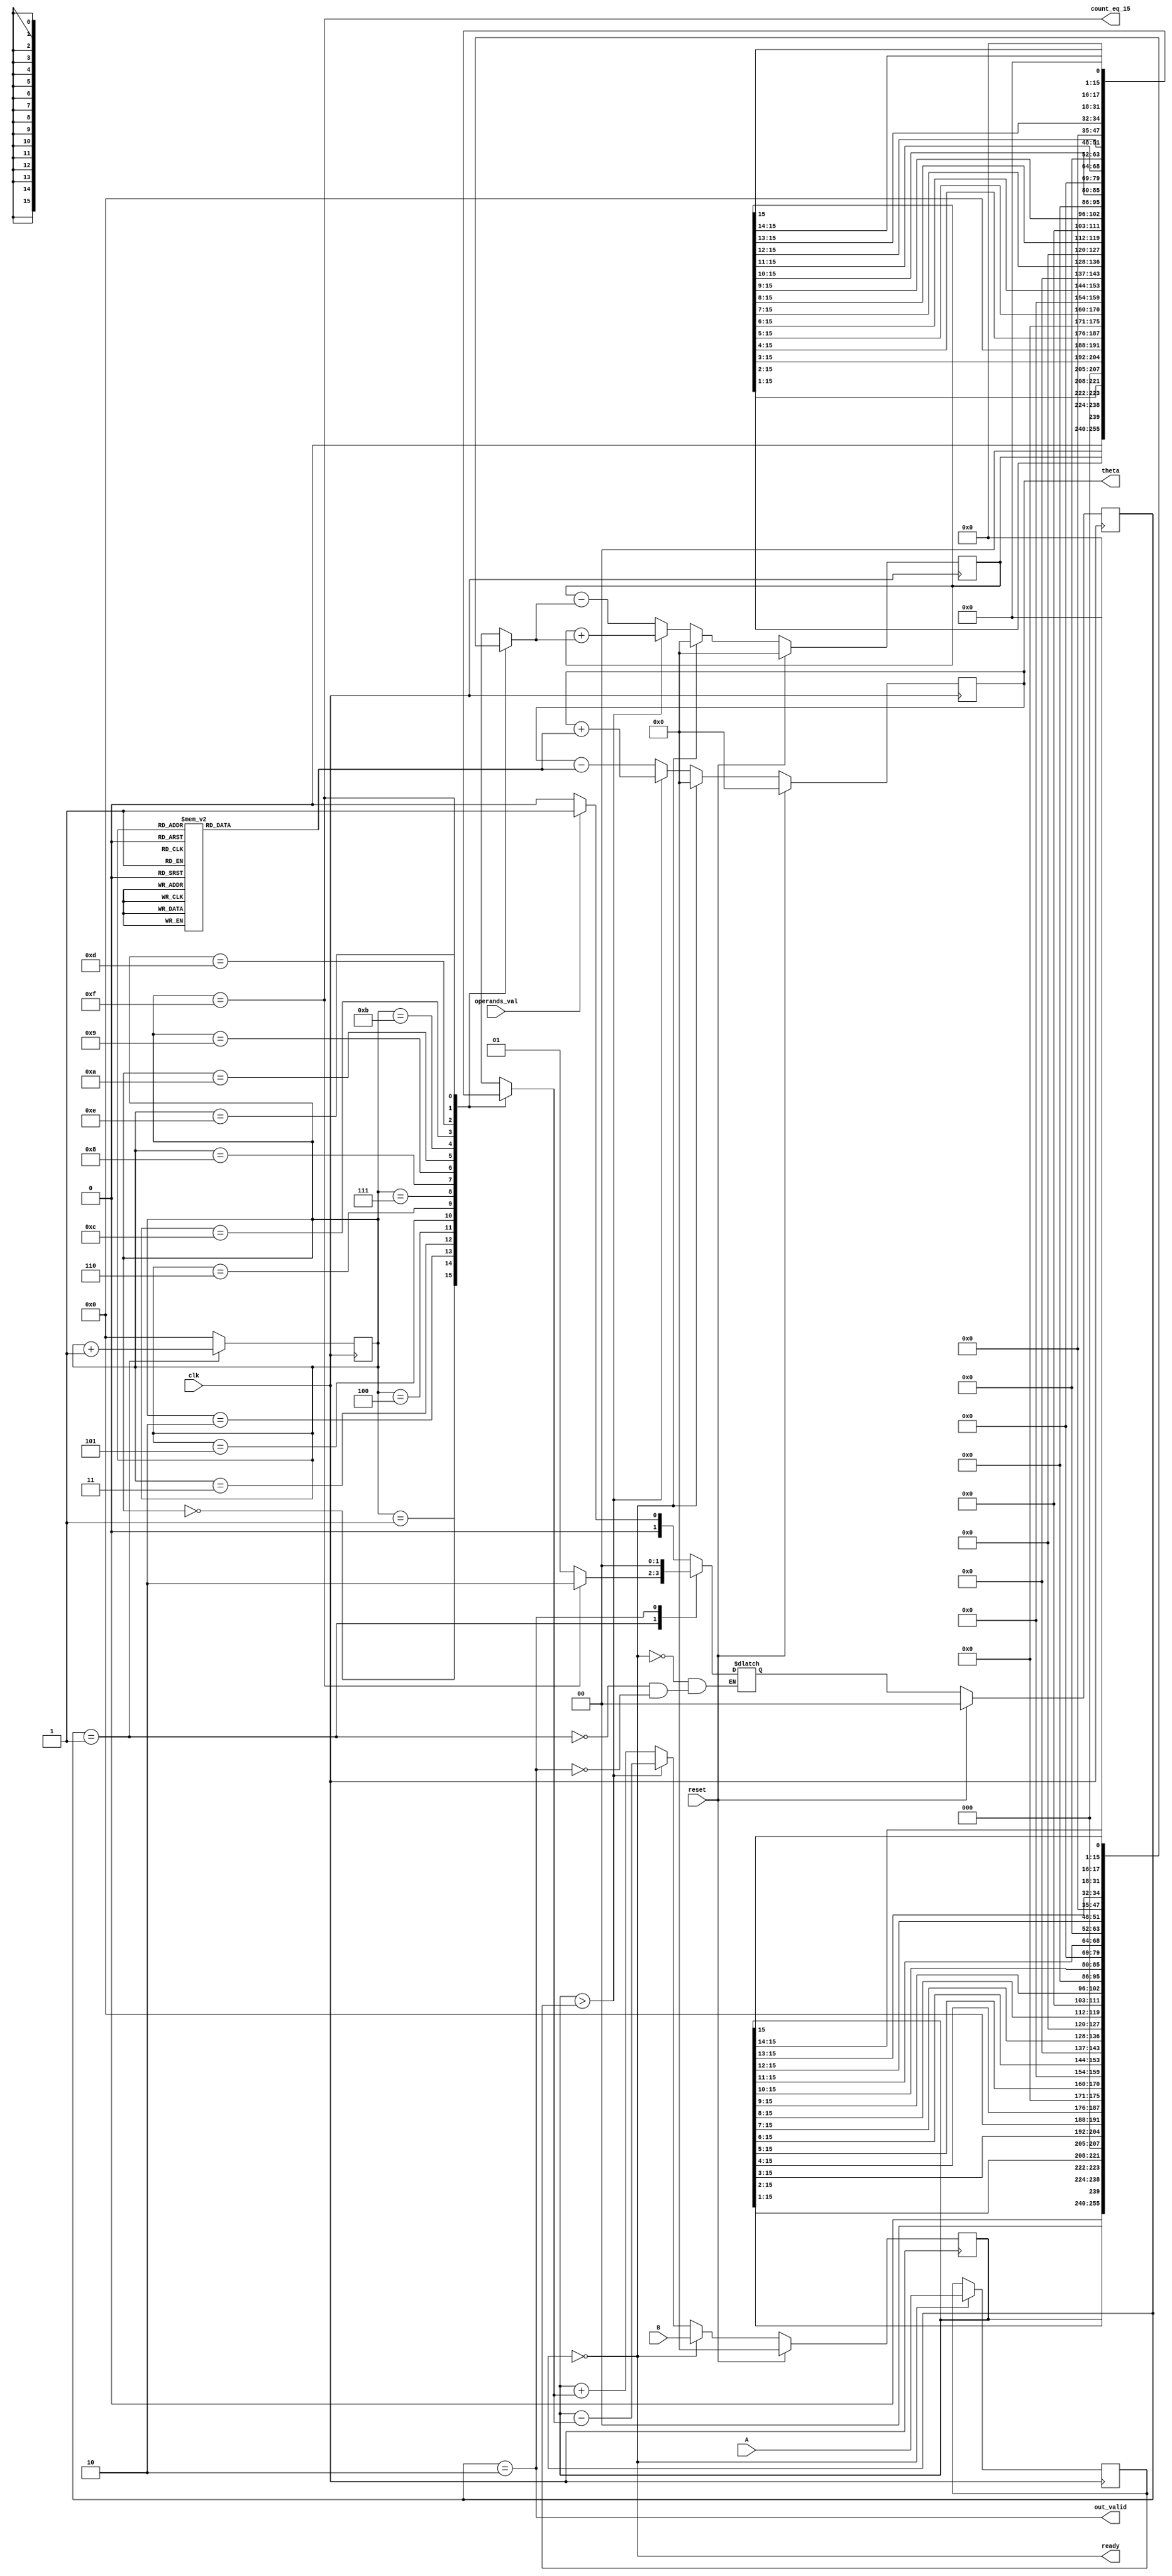
module CORDIC_vectoring(clk, reset, operands_val, out_valid, A, B, theta, ready, count_eq_15);

   parameter width = 16;

   // Inputs
   input clk;
   input reset;
   input operands_val;
   input signed [width-1:0] A, B;

   // Outputs
   output signed [width-1:0] theta;
   output out_valid;
   output ready; 
   output reg count_eq_15;
  
  localparam IDLE = 2'd0;
  localparam BUSY = 2'd1;
  localparam DONE = 2'd2;

   // Generate table of atan values
  reg signed [width-1:0] atan_out;
  reg signed [width-1:0] x_reg;
  reg signed [width-1:0] y_reg;
  reg signed [width-1:0] A_reg;
  
  reg signed [width-1:0] theta_reg;
        
  wire [width-1:0] x_mux_out, y_mux_out, theta_mux_out, A_mux_out;
  reg [width-1:0] x_add_out, y_add_out, theta_add_out;
  
  reg [width-1:0] x_shift, y_shift;
  
  reg [3:0] count;
  wire [3:0] address; 
  reg [1:0] state, state_next; 
  wire count_en;
  
  reg x_gt_A;
  
  assign address = count;
    
  // Look up table in 5.11 format 
  
  always @(*)
     begin
       case(address)
        4'd0:  atan_out = 'b0000011001001000 ;
        4'd1:  atan_out = 'b0000001110110110;  
        4'd2:  atan_out = 'b0000000111110110; 
        4'd3:  atan_out = 'b0000000011111111;
        4'd4:  atan_out = 'b0000000010000000 ;
        4'd5:  atan_out = 'b0000000001000000;
        4'd6:  atan_out = 'b0000000000100000;
        4'd7:  atan_out = 'b0000000000010000;
        4'd8:  atan_out = 'b0000000000001000;
        4'd9:  atan_out = 'b0000000000000100;
        4'd10: atan_out = 'b0000000000000010;
        4'd11: atan_out = 'b0000000000000001;
        4'd12: atan_out = 'b0000000000000000;
        4'd13: atan_out = 'b0000000000000000 ;
        4'd14: atan_out = 'b0000000000000000 ;
        4'd15: atan_out = 'b0000000000000000 ;  
       endcase    
   end                     
          
     
  // 2:1 Multiplexers
         
 assign x_mux_out = (state == IDLE) ? B : x_add_out; 
 assign y_mux_out = (state == IDLE) ? 0 : y_add_out;
 
 assign A_mux_out = (state==IDLE) ? A : A_reg;
  
 assign theta_mux_out = (state == IDLE) ? 0 : theta_add_out;   
 assign out_valid = (state == DONE) ;
 assign count_en = (state == BUSY);
 assign ready = (state == IDLE);  
  
 assign x_gt_A = (x_reg>A_reg);
 assign count_eq_15 = (count == 4'd15);
  
 assign theta = theta_reg;
  
 //  Barrel Shifter 
 
  always@(*)
    begin
      case(count)
        0: begin
          x_shift={x_reg[15:0]};
          y_shift={y_reg[15:0]};
           end
        1: begin
          x_shift={x_reg[15:1]};
          y_shift={y_reg[15:1]};
           end
        2: begin
          x_shift={x_reg[15:2]};
          y_shift={y_reg[15:2]};
           end
        3: begin
          x_shift={x_reg[15:3]};
          y_shift={y_reg[15:3]};
           end
        4: begin
          x_shift={x_reg[15:4]};
          y_shift={y_reg[15:4]};
           end
        5: begin
          x_shift={x_reg[15:5]};
          y_shift={y_reg[15:5]};
           end
        6: begin
          x_shift={x_reg[15:6]};
          y_shift={y_reg[15:6]};
           end
        7: begin
          x_shift={x_reg[15:7]};
          y_shift={y_reg[15:7]};
           end
        8: begin
          x_shift={x_reg[15:8]};
          y_shift={y_reg[15:8]};
           end
        9: begin
          x_shift={x_reg[15:9]};
          y_shift={y_reg[15:9]};
           end
        10: begin
          x_shift={x_reg[15:10]};
          y_shift={y_reg[15:10]};
           end
        11: begin
          x_shift={x_reg[15:11]};
          y_shift={y_reg[15:11]};
           end
        12: begin
          x_shift={x_reg[15:12]};
          y_shift={y_reg[15:12]};
           end
        13: begin
          x_shift={x_reg[15:13]};
          y_shift={y_reg[15:13]};
           end
        14: begin
          x_shift={x_reg[15:14]};
          y_shift={y_reg[15:14]};
           end
        15: begin
          x_shift={x_reg[15]};
          y_shift={y_reg[15]};
           end
      endcase
    end
    
         
 always @ (*)
   if (x_gt_A)
      begin
        x_add_out = x_reg - y_shift;
        y_add_out = y_reg + x_shift;
        theta_add_out = theta_reg + atan_out;
       end   
      else
       begin
        x_add_out = x_reg + y_shift;
        y_add_out = y_reg - x_shift;
        theta_add_out = theta_reg - atan_out;
       end                        

   always @(posedge clk)
    if(reset)
      begin
      x_reg <= 0;
      y_reg <= 0;
      A_reg <= A_mux_out;
      theta_reg <= 0;
      end
  
    else
      begin
       x_reg <= x_mux_out;
       y_reg <= y_mux_out;
       A_reg <= A_mux_out;
       theta_reg <= theta_mux_out;
      end 
  
  
 always @(*)  
  begin
    
  case (state)
    IDLE :
      if (operands_val)
        state_next = BUSY;
      else
        state_next = IDLE;
                                                     
    BUSY :
      if (count_eq_15)
        state_next = DONE;
      else
        state_next = BUSY;
                                                    
    DONE :
        state_next = IDLE;
    
  endcase
 end
  
   
   always @(posedge clk)
    if(reset)
      state <= IDLE;
    else
      state <= state_next;       
     
   always @(posedge clk)
     if(count_en)
      count <= count + 1;
    else
      count <= 0;
         
endmodule